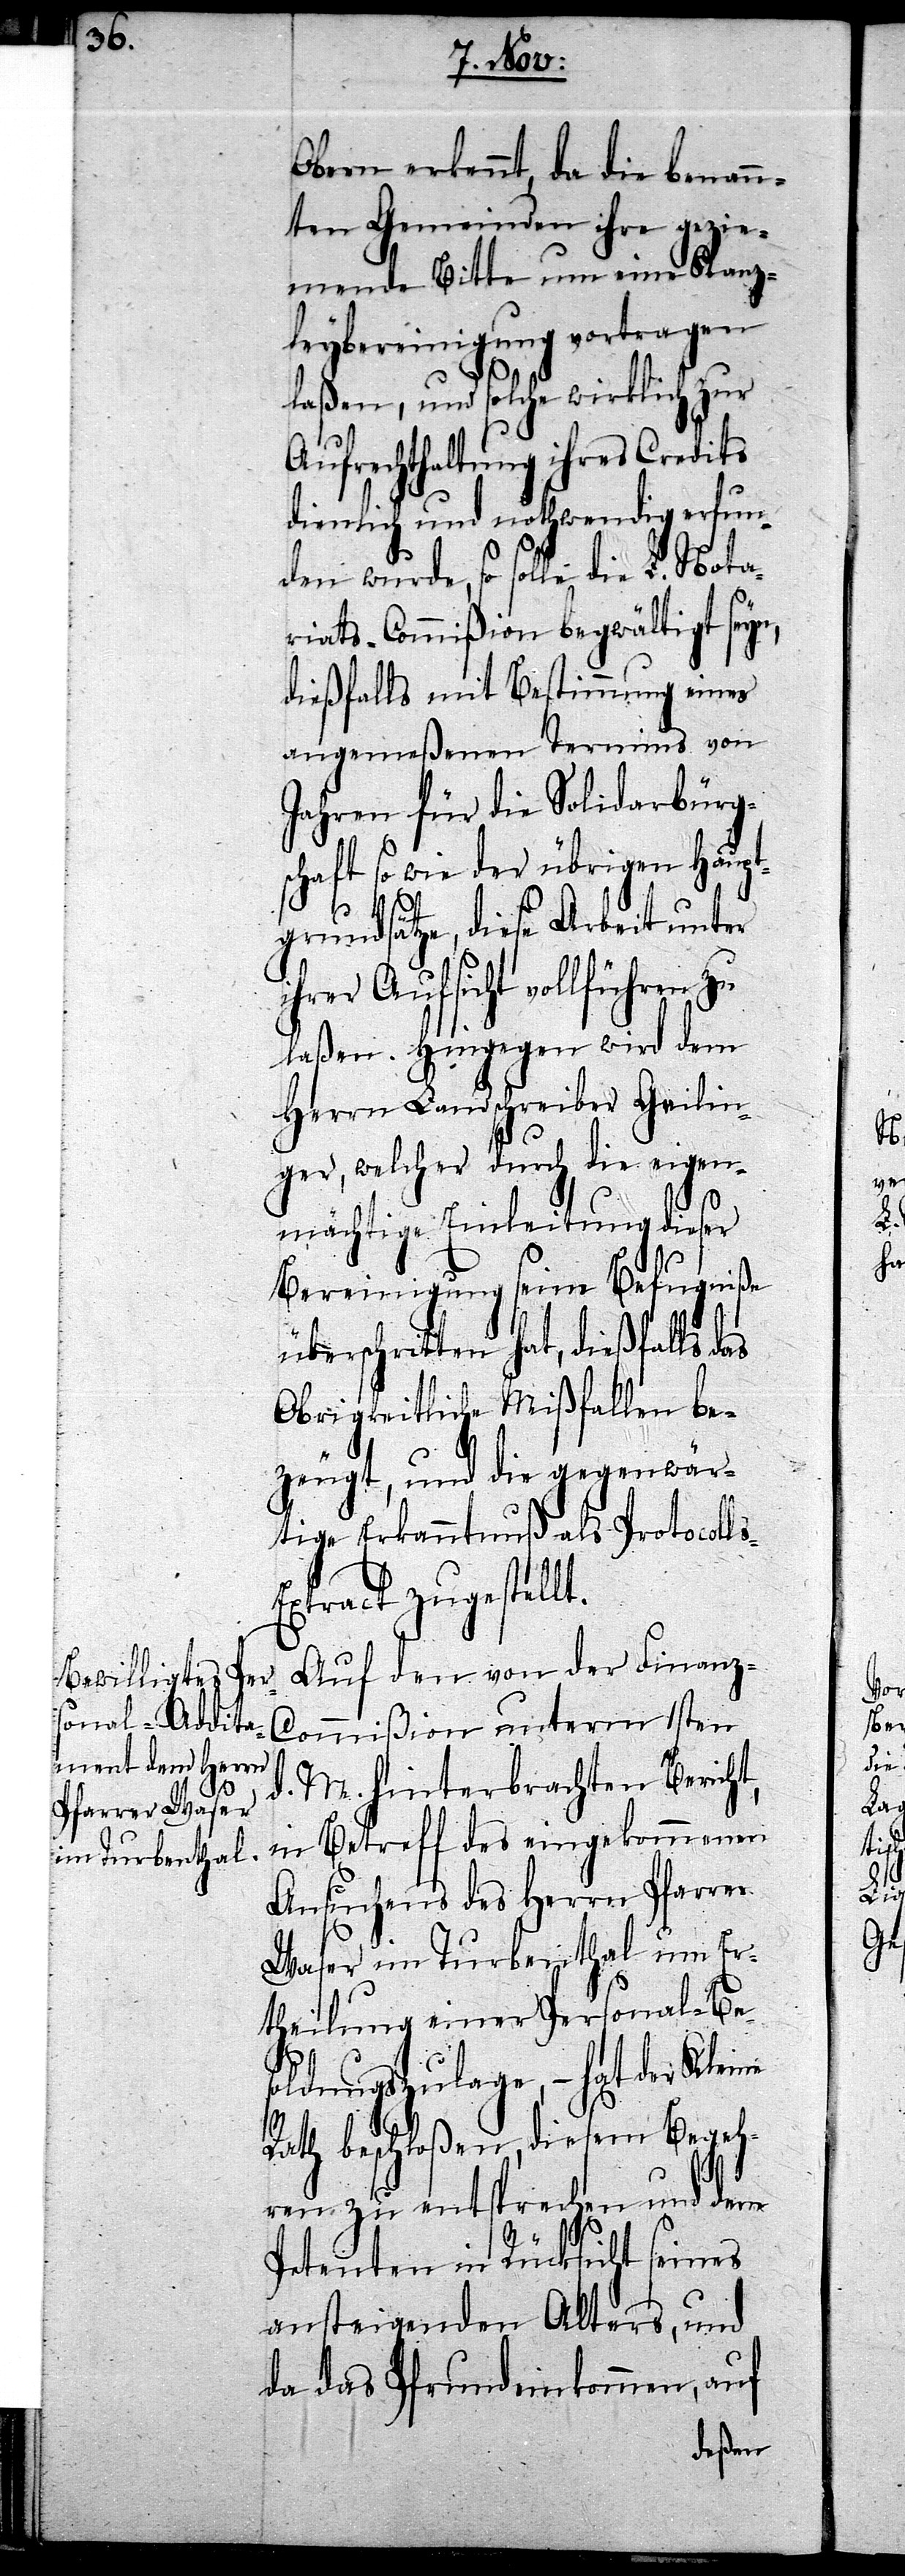
s-E¬

Obern erkennt, da die benan¬
nten Gemeinden ihre gezie¬
mende Bitte um eine Kanz¬
leybereinigung vortragen
laßen, und solche wirklich zur
Aufrechthaltung ihres Credits
dienlich und nothwendig erfun¬
den wurde, so solle die L. Nota¬
riats-Commißion begwältigt seyn,
dießfalls mit Bestimmung eines
angemeßenen Termins von
Jahren für die Solidarbürg¬
schaft so wie der übrigen Haupt¬
grundsätze, diese Arbeit unter
ihrer Aufsicht vollführen
laßen. Hingegen wird dem
Herrn Landschreiber Geilin¬
ger, welcher durch die eigen¬
mächtige Einleitung dieser
Bereinigung seine Befugniße
überschritten hat, dießfalls das
Obrigkeitliche Mißfallen be¬
zeugt, und die gegenwär¬
tige Erkanntnuß als Protocoll¬
xtract zugestellt.
Auf den von der Finanz-C¬
ommißion unterm 1sten
d. M. hinterbrachten Bericht,
in Betreff des eingekommenen
Ansuchens des Herrn Pfarrer
Waser im Turbenthal um Er¬
theilung einer Personal-Be¬
soldungszulage, – hat der Kleine
Rath beschloßen, diesem Begeh¬
ren zu entsprechen und dem
Petenten in Rücksicht seines
ansteigenden Alters, und
da das Pfrundeinkommen, auf